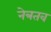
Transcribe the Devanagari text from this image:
नेत्रतव